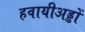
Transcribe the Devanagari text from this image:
हवायीअड्डों